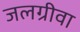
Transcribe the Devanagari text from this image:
जलग्रीवा